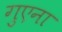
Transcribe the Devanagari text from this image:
गुएना